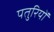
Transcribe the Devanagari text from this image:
पतुरियों